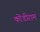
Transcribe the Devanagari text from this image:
कोंडीराम